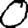
Digit: 0